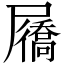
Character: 屩